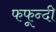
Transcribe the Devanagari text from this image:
फफून्दी